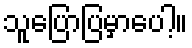
သူပြောပြမှာပေါ့။